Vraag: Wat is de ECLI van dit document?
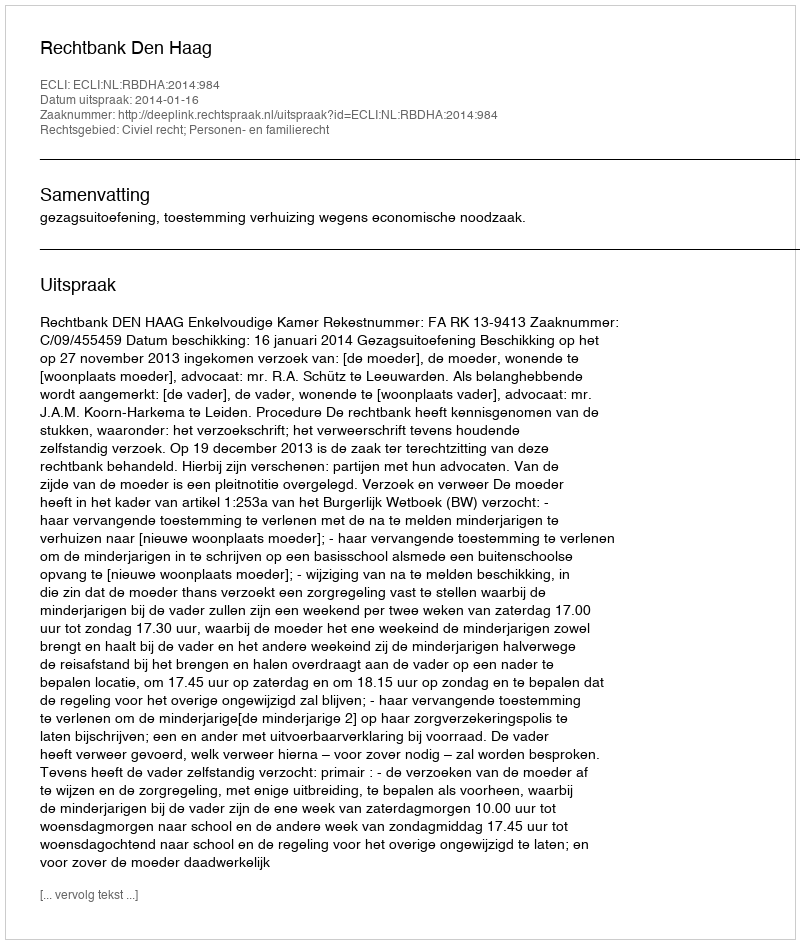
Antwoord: ECLI:NL:RBDHA:2014:984